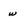
Character: w